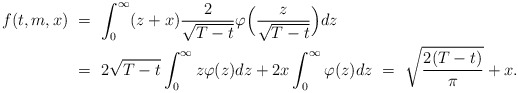
\begin{align*}f(t,m,x) \ &= \ \int_0^\infty (z + x) \frac{2}{\sqrt{T-t}} \varphi\Big(\frac{z}{\sqrt{T-t}}\Big) dz \\&= \ 2\sqrt{T-t}\int_0^\infty z\varphi(z)dz + 2x\int_0^\infty \varphi(z)dz \ = \ \sqrt{\frac{2(T-t)}{\pi}} + x.\end{align*}